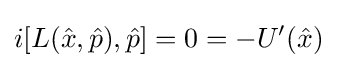
i[L({\hat {x}},{\hat {p}}),{\hat {p}}]=0=-U'({\hat {x}})